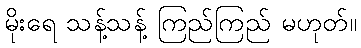
မိုးရေ သန့်သန့် ကြည်ကြည် မဟုတ်။